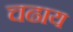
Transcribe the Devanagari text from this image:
चढाय